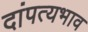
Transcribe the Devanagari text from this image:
दांपत्यभाव